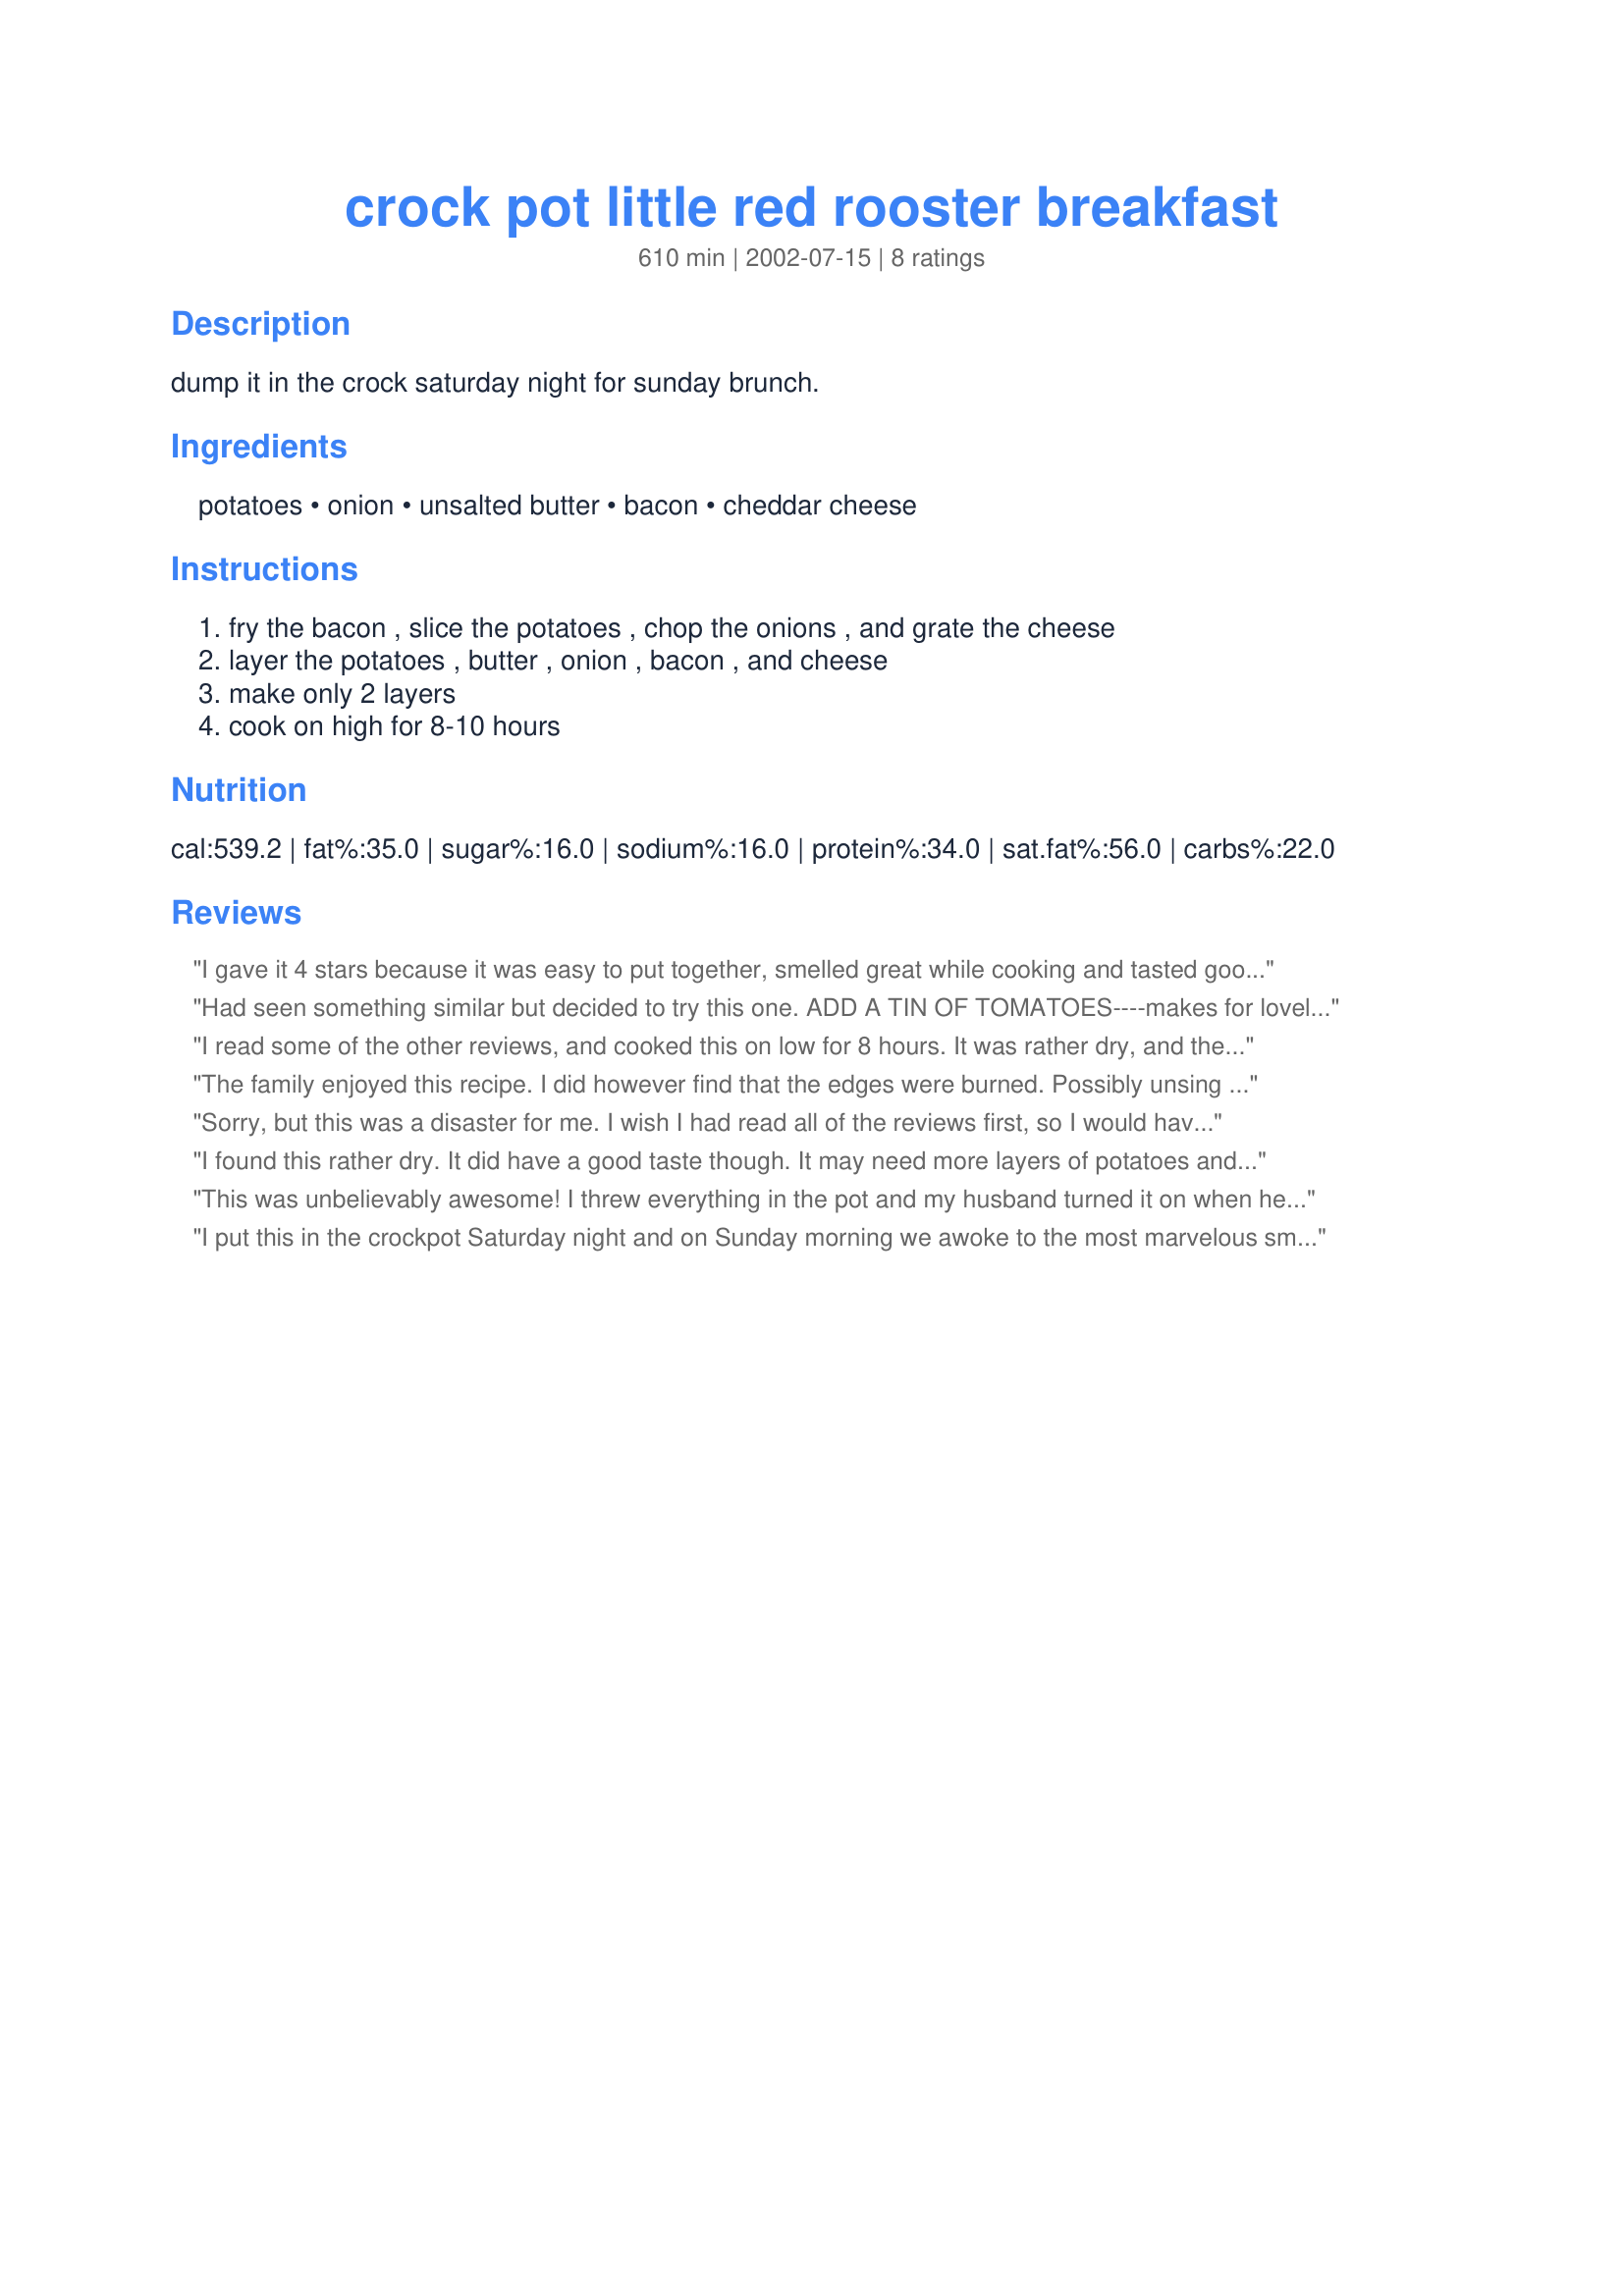
crock pot little red rooster breakfast
Preparation time: 610 minutes

dump it in the crock saturday night for sunday brunch.

Ingredients:
potatoes, onion, unsalted butter, bacon, cheddar cheese

Steps:
fry the bacon , slice the potatoes , chop the onions , and grate the cheese, layer the potatoes , butter , onion , bacon , and cheese, make only 2 layers, cook on high for 8-10 hours

Reviews:
I gave it 4 stars because it was easy to put together, smelled great while cooking and tasted good when done. I would consider this a "family only" recipe simply because the potatoes didn't keep their nice white color like you'd expect in a hash-brown recipe. They were greyish color. It didn't effect the taste but I wouldn't like to serve them to company.
Had seen something similar but decided to try this one.

ADD A TIN OF TOMATOES----makes for lovely flavor and stops it drying out.

Enjoy
I read some of the other reviews, and cooked this on low for 8 hours. It was rather dry, and the bacon was almost burnt. I think it needs some liquid. If I make this again, I think I will add sour cream or mushroom soup...or cut the cooking time down to 3-4 hours on low.
The family enjoyed this recipe. I did however find that the edges were burned. Possibly unsing the low setting would help with this. The worst problem was that I couldn't sleep because of the wonderful aroma.
Sorry, but this was a disaster for me. I wish I had read all of the reviews first, so I would have known to cook it on low or add some liquid or something. By the time I made it back to the kitchen (8 hours and 5-10 minutes after starting) it was well beyond dried out. It was dark brown across the top and burnt in spots and all around the edges. There was a thin layer of bland but edible food in the very middle of the crockpot. The best parts were spots where I had left the bacon a little under-done with a fair amount of fat still attached. Those pieces came out less leathery and the surrounding potatoes retained a little more moisture and had the benefit of some flavoring from the bacon grease. I wouldn't make this again without major modifications to the recipe, but thanks anyway.
I found this rather dry. It did have a good taste though. It may need more layers of potatoes and something to make it more moist.
This was unbelievably awesome! I threw everything in the pot and my husband turned it on when he went to bed at 2 AM. The only change I made was using salted butter and 6 slices of bacon. I was not sure how thick to slice the potatoes, so I did approximately 1/4" slices (unpeeled). I also figured that I was supposed to crumble the bacon :)

The only problem I had is that since I have a large crockpot (6 1/2 qt.), smaller recipes seem to cook much faster, so I used the low setting and after 6 hours the edges were burning a little bit. I have been told that the crockpot should be at least half full and it wasn't, so I am either going to have to buy a smaller crockpot, or double the recipe! Since these were sooooo great, I am sure no one would mind.

It was so nice to come down in the morning and only have to whip up a big batch of scrambled eggs and toast! Thanks so much for sharing this recipe...it is difficult to cook a nice breakfast for a family of six and this made it easy.

P.S. I was going to take a picture, but they ate them so fast, I couldn't get one! I will try next time...thanks again!
I put this in the crockpot Saturday night and on Sunday morning we awoke to the most marvelous smells! This was delicious! I cooked it on low however and to solve the problem another reviewer had of the potatoes being grey I tossed them in a mixture of of cream of tartar and water. I got that tip from a cookbook and it works like a charm. Thanks for a great recipe!
